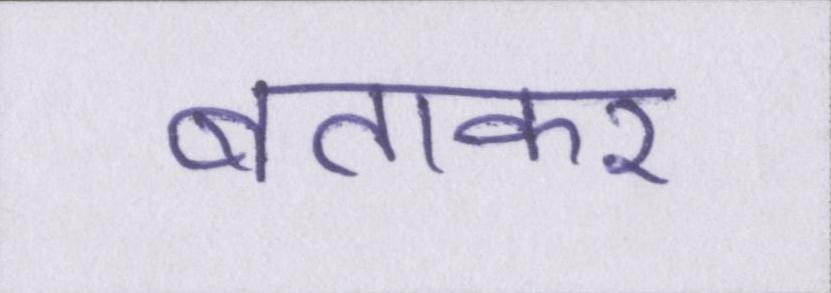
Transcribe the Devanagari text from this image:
बताकर